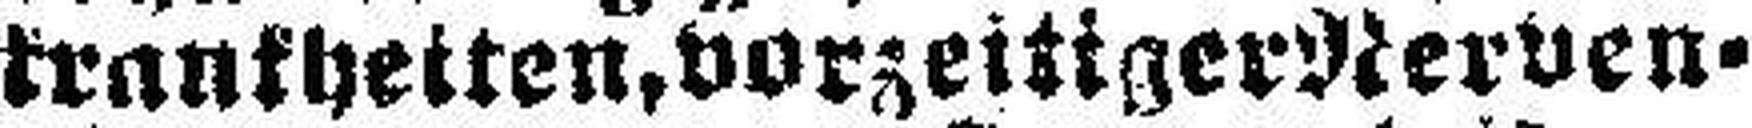
krankheiten. vorzeitiger Nerven¬